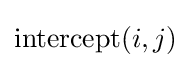
\operatorname {intercept} (i,j)